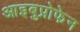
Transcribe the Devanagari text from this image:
आइबुप्रोफेन